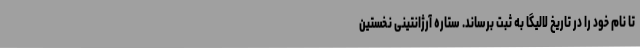
تا نام خود را در تاریخ لالیگا به ثبت برساند. ستاره آرژانتینی نخستین